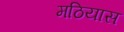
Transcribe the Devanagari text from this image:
मठियास